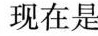
现在是